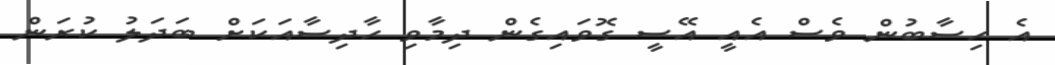
އެ ހިސާބުން ވެސް އެއީ އޭސީ ގޮވައިގެން ދިމާވި ހާދިސާއަކަށް ބަދަލު ކުރަން